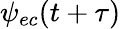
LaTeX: \psi_{ec}(t+\tau)